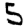
Digit: 5